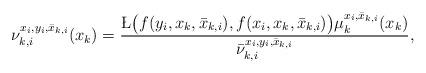
LaTeX: \begin{align*} \nu_{k,i}^{x_i,y_i,\bar x_{k,i}} (x_k) =\frac{ \L\big(f(y_i,x_k,\bar x_{k,i}),f(x_i,x_k,\bar x_{k,i})\big) \mu_k^{x_i,\bar x_{k,i}}(x_k)}{\bar \nu_{k,i}^{x_i,y_i,\bar x_{k,i}}}, \end{align*}